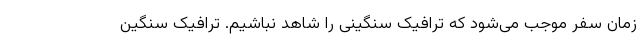
زمان سفر موجب می‌شود که ترافیک سنگینی را شاهد نباشیم. ترافیک سنگین